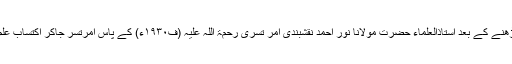
ابتدائی کتب پڑھنے کے بعد اُستاذالعلماء حضرت مولانا نور احمد نقشبندی امر تسری رحمۃ اللہ علیہ (ف۱۹۳۰ء) کے پاس امرتسر جاکر اکتساب علم کرتے رہے۔